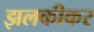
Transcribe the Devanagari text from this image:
झलकीकर